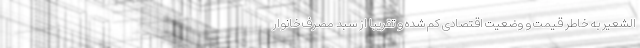
الشعیر به خاطر قیمت و وضعیت اقتصادی کم شده و تقریبا از سبد مصرف خانوار